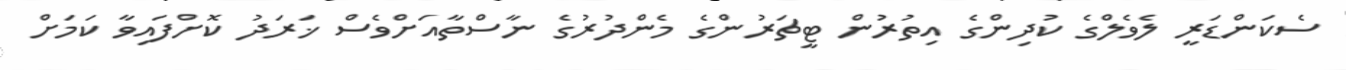
ސެކަންޑަރީ ލެވެލްގެ ކުދިންގެ އިތުރުން ޓީޗަރުންގެ މެންދުރުގެ ނާސްތާއަށްވެސް ޚަރަދު ކޮށްފައިވާ ކަމަށް